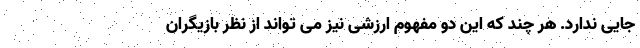
جایی ندارد. هر چند که این دو مفهوم ارزشی نیز می تواند از نظر بازیگران